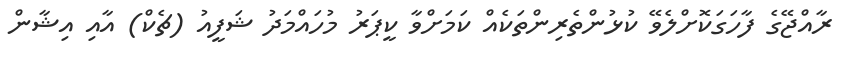
ރާއްޖޭގެ ފާހަގަކޮށްލެވޭ ކުޅުންތެރިންތަކެއް ކަމަށްވާ ކީޕަރު މުހައްމަދު ޝަފީއު (ޗެކް) އާއި އިޝާން